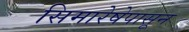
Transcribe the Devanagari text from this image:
सिमारेषेपासून